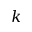
k